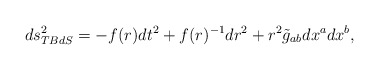
\begin{align*}ds^2_{TBdS}=-f(r)dt^2 +f(r)^{-1}dr^2 +r^2\tilde g_{ab}dx^adx^b,\end{align*}